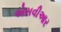
એસવીઆર